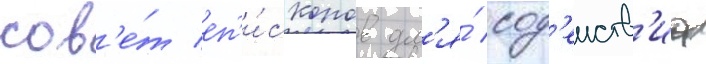
сов'е́т еп'и́скопов дл'я́ сод'еиств'иа